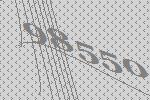
98550